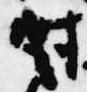
時